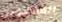
المدعوين